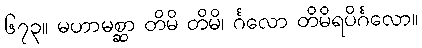
၆၇၃။ မဟာမစ္ဆာ တိမိ တိမိ၊ င်္ဂလော တိမိရပိင်္ဂလော။